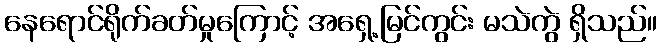
နေရောင်ရိုက်ခတ်မှုကြောင့် အရှေ့မြင်ကွင်း မသဲကွဲ ရှိသည်။